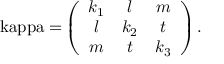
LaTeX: \mathrm { \ k a p p a = } \left( \begin{array} { c c c } { { k _ { 1 } } } & { { l } } & { { m } } \\ { { l } } & { { k _ { 2 } } } & { { t } } \\ { { m } } & { { t } } & { { k _ { 3 } } } \end{array} \right) .